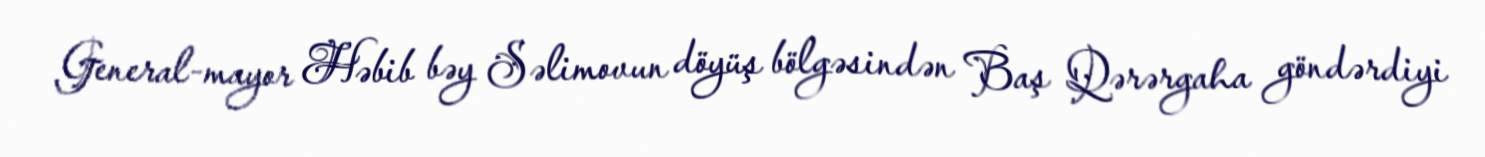
General-mayor Həbib bəy Səlimovun döyüş bölgəsindən Baş Qərərgaha göndərdiyi